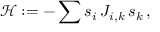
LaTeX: { \mathcal { H } } : = - \sum s _ { i } \, J _ { i , k } \, s _ { k } \, ,